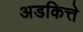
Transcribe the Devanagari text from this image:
अडकित्ते